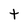
Character: t